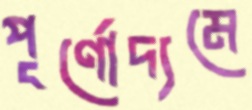
পূর্ণোদ্যমে